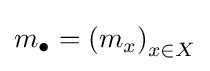
m_{\bullet }=\left(m_{x}\right)_{x\in X}